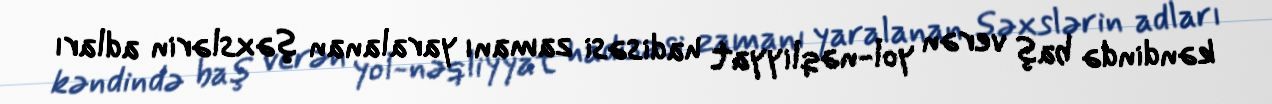
kəndində baş verən yol-nəqliyyat hadisəsi zamanı yaralanan şəxslərin adları